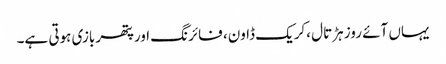
یہاں آئے روز ہڑتال ،کریک ڈاون، فائرنگ اورپتھر بازی ہوتی ہے۔